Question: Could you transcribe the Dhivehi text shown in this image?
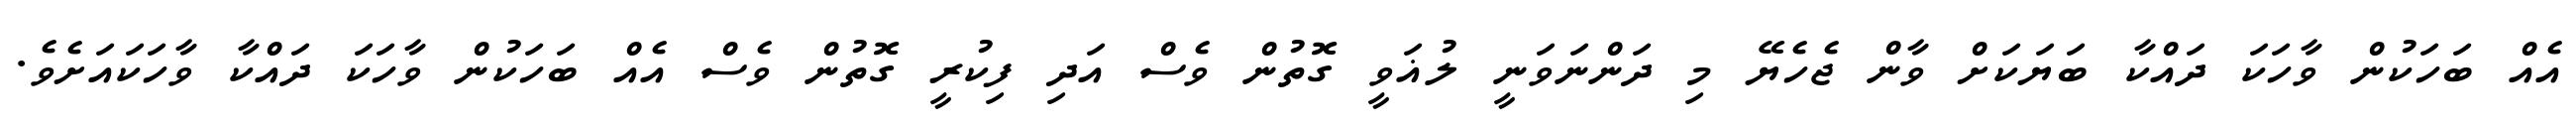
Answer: އެއް ބަހަކުން ވާހަކަ ދައްކާ ބަޔަކަށް ވާން ޖެހެޔޭ މި ދަންނަވަނީ ލުޣަވީ ގޮތުން ވެސް އަދި ފިކުރީ ގޮތުން ވެސް އެއް ބަހަކުން ވާހަކަ ދައްކާ ވާހަކައަށެވެ.